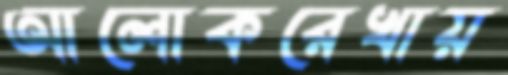
আলোকরেখায়